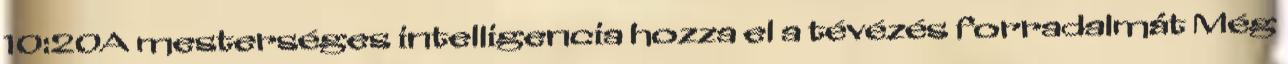
10:20A mesterséges intelligencia hozza el a tévézés forradalmát Még